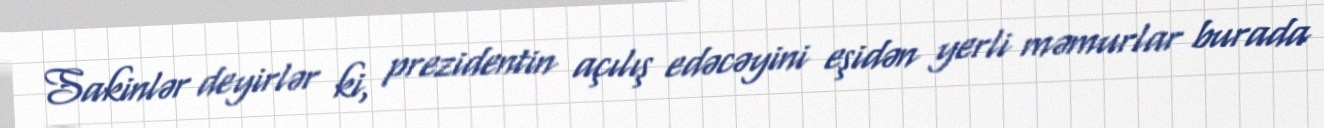
Sakinlər deyirlər ki, prezidentin açılış edəcəyini eşidən yerli məmurlar burada